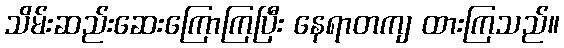
သိမ်းဆည်းဆေးကြောကြပြီး နေရာတကျ ထားကြသည်။